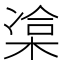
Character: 𣓫